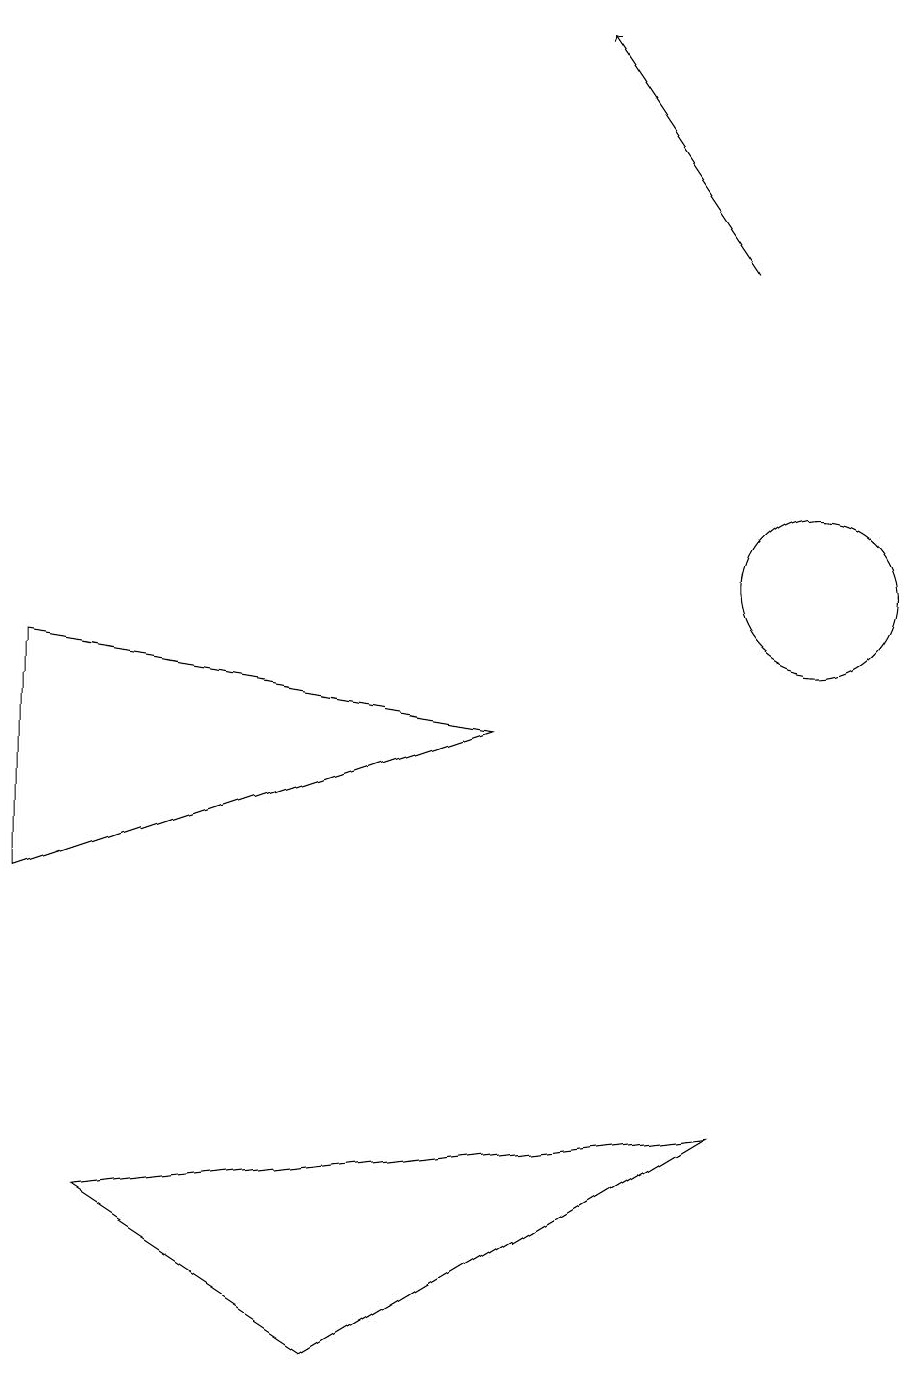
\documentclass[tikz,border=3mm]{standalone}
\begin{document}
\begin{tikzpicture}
\draw (10,10) circle (1);
\draw[->] (9,14) -- (7,17);
\draw (1,2) -- (4,0) -- (9,3) -- cycle;
\draw (0,6) -- (6,8) -- (0,9) -- cycle;
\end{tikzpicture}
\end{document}